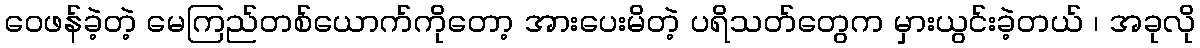
ဝေဖန်ခဲ့တဲ့ မေကြည်တစ်ယောက်ကိုတော့ အားပေးမိတဲ့ ပရိသတ်တွေက မှားယွင်းခဲ့တယ် ၊ အခုလို